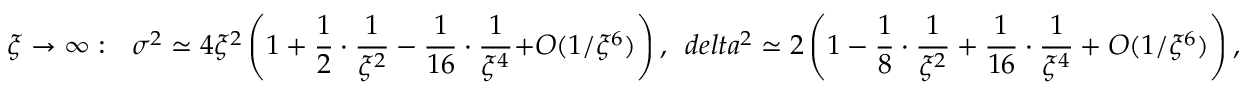
\xi \rightarrow \infty : \ \ \sigma ^ { 2 } \simeq 4 \xi ^ { 2 } \left( 1 + \frac { 1 } { 2 } \cdot \frac { 1 } { \xi ^ { 2 } } - \frac { 1 } { 1 6 } \cdot \frac { 1 } { \xi ^ { 4 } } { + \cal O } ( 1 / \xi ^ { 6 } ) \right) , \ \, d e l t a ^ { 2 } \simeq 2 \left( 1 - \frac { 1 } { 8 } \cdot \frac { 1 } { \xi ^ { 2 } } + \frac { 1 } { 1 6 } \cdot \frac { 1 } { \xi ^ { 4 } } + { \cal O } ( 1 / \xi ^ { 6 } ) \right) ,